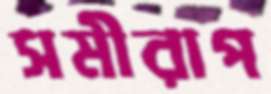
সমীরাপ